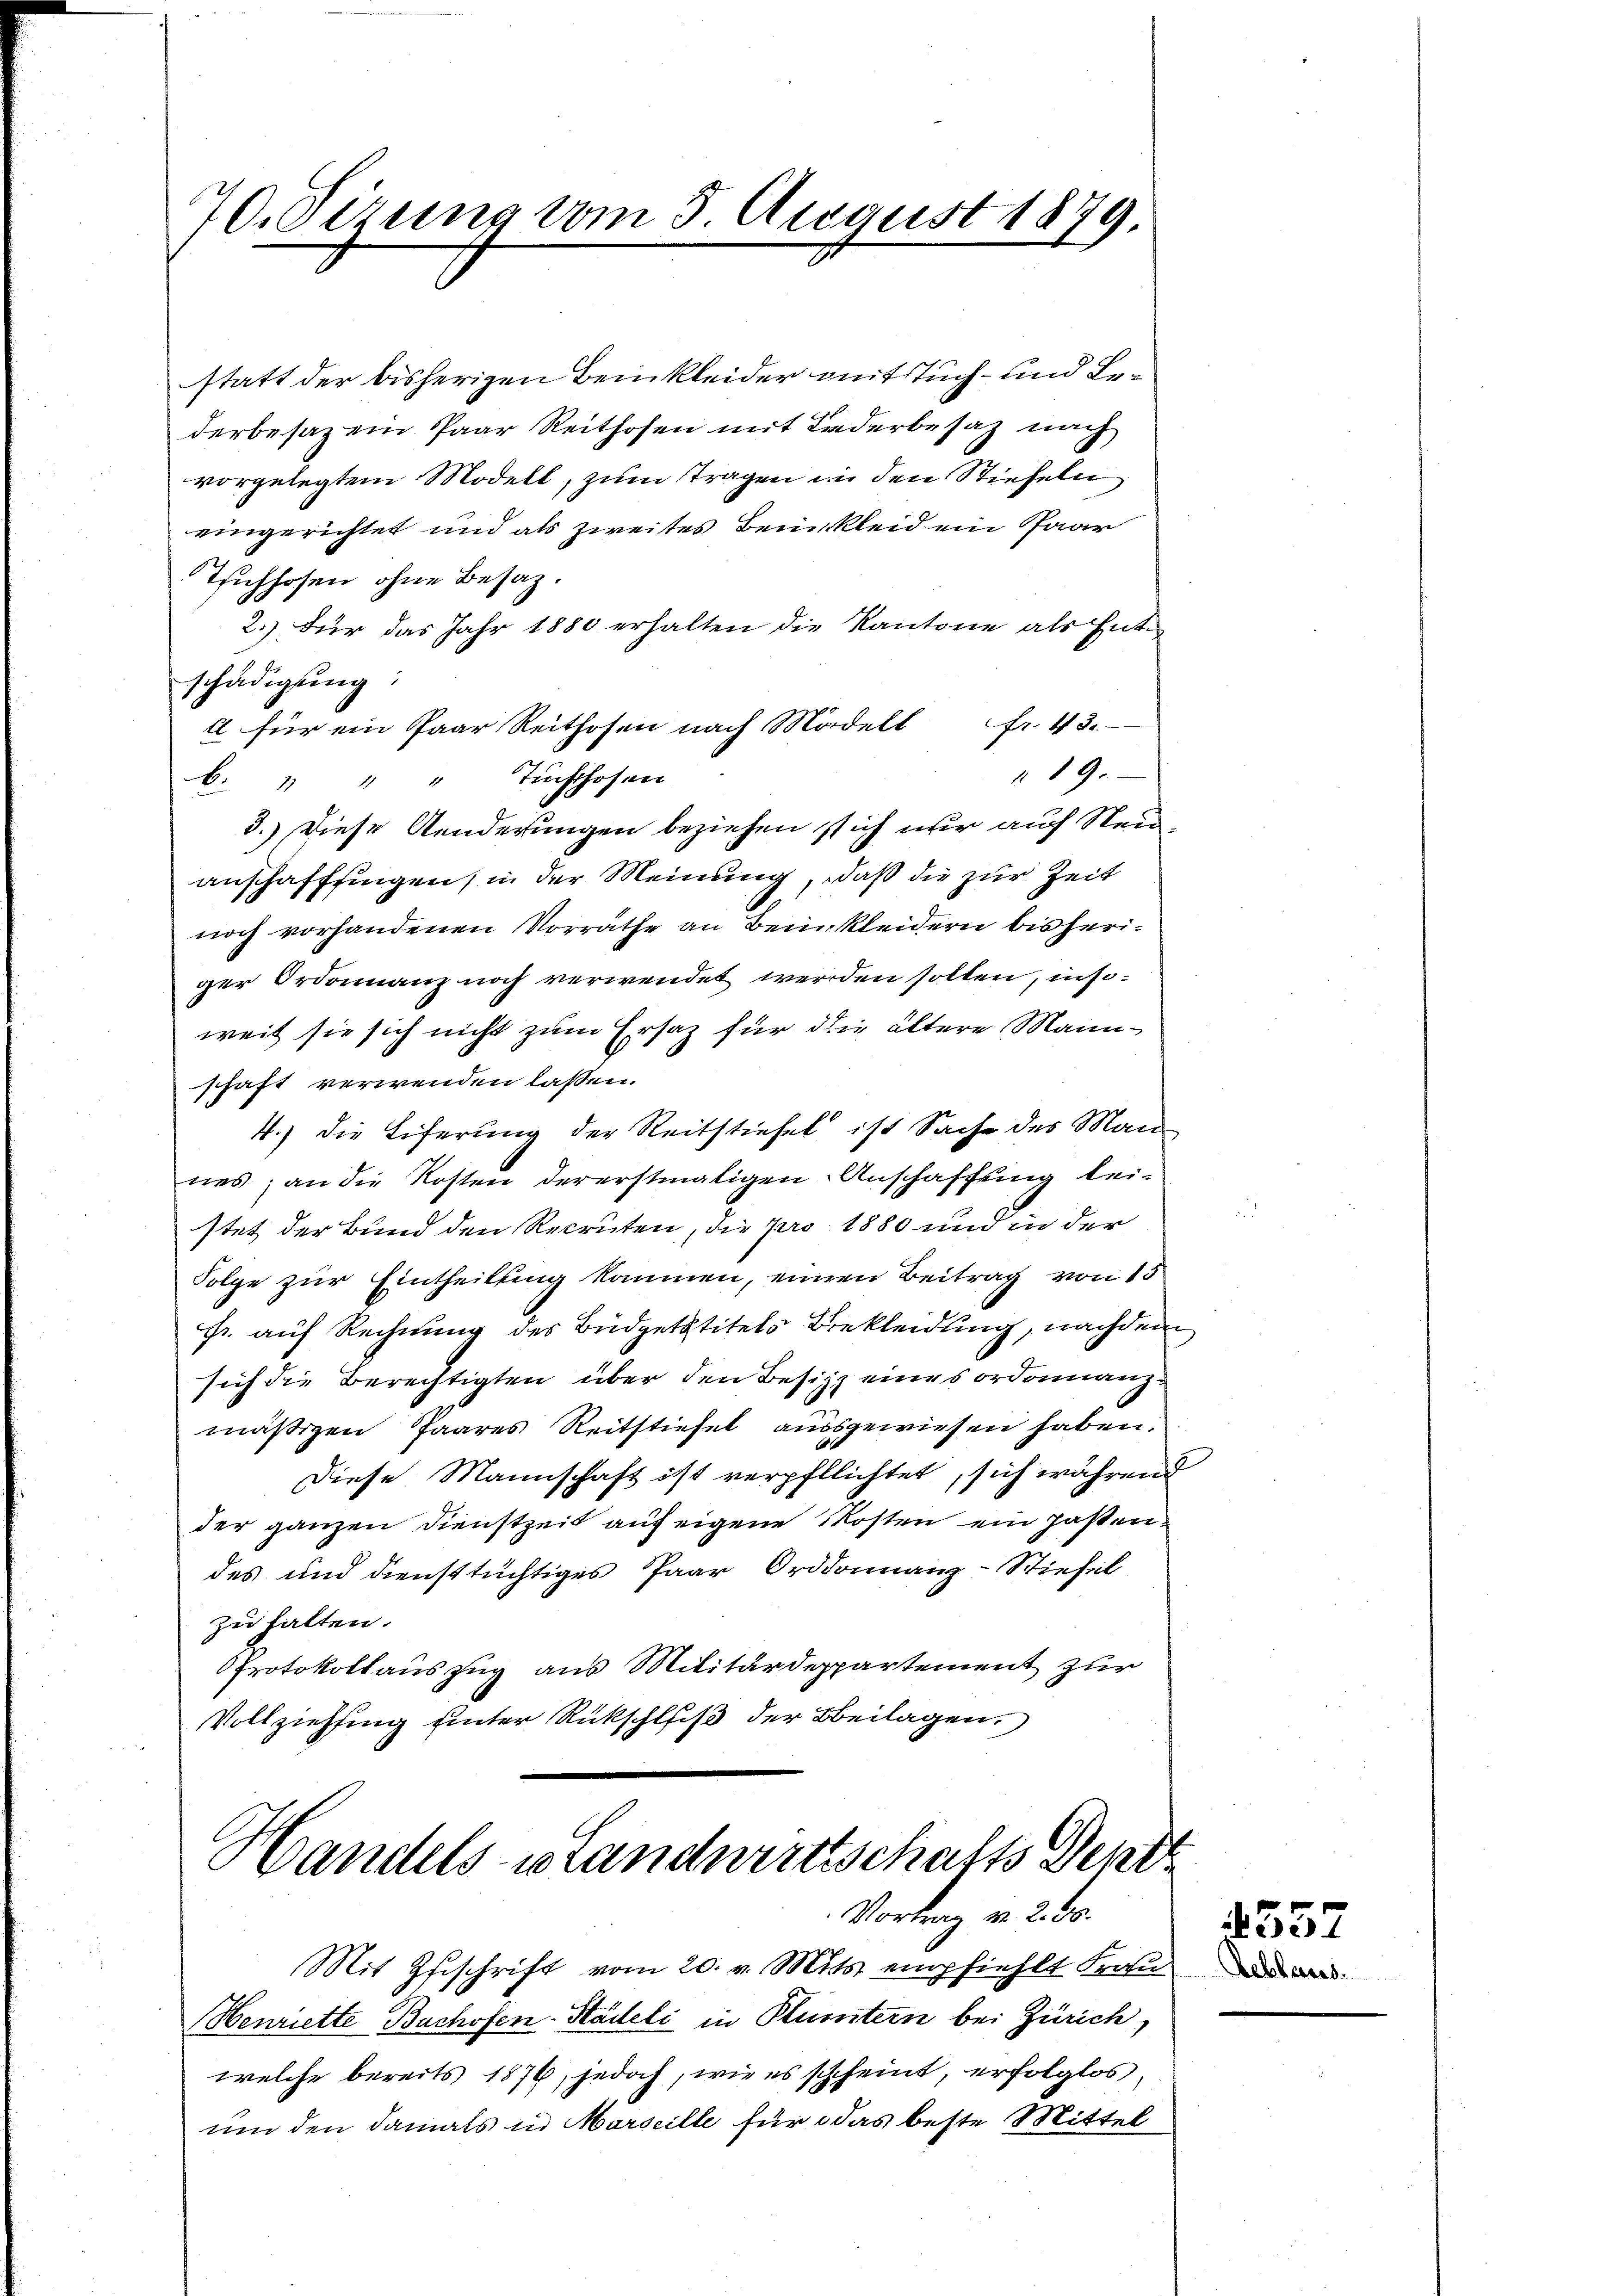
70. Sizung vom 5. August 1879

statt der bisherigen Beinkleider mit Tuch- und Bederbesaz ein Paar Reithofen mit Lederbesaz nach
vorgelegtem Modell, zum Tragen in den Stiefeln
eingerichtet und als zweites Beinkleid ein Paar
Tichhofen ohne Besaz.
2.) Für das Jahr 1880 erhalten die Kantone als Ent
schädigung:
a für ein Paar Reithofen nach Modell fr. 43.
19.
b. " " " Tüchthofen
3.) Diese Aenderungen beziehen sich nur auf Neuanschaffsingen, in der Meinung, daß die zur Zeit
noch vorhandenen Vorrathe an Bein kleidern bisheriger Ordonanz noch verwendet werden sollen, insoweit sie sich nicht zum Ersatz für die ältere Mannschaft verwenden lassen.
4.) Die Eiferung der Reitstiefel ist Sache des Man
nes; an die Kosten dererstmaligen Anschaffung leistet der Bund den Recruten, die pro 1880 und in der
Folge zur Eintheilung kommen, einen Beitrag von 15
fr. auf Rechnung des Büdgetstitels Bekleidung, nachdem
sich die Berechtigten über den Besitz eines ordonanzmäßigen Paares Reitstiefel aussgewiesen haben.
Diese Mannschaft ist verpfllichtet, sich während
der ganzen Dienstzeit auf eigene Kosten ein pastendes und diensttüchtiges Paar Orddonnanz-Stiefel
zu halten.
Protokollauszug aus Militärdeppartement zur
Vollziehung hinter Rückschluß der Beilagen.

Handels- u Landwirtschafts Dekr
Vortrag v. 230.

Mit Zuschrift vom 20. v. Mts. empfiehlt Frau
Henriette Bachofen-Stadeli in Bluntern bei Zürich,
welche bereits 1876, jedoch, wie es scheint, erfolglos
und den damals in Marseille für das beste Mittel

557